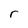
Character: r